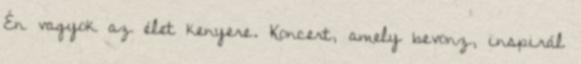
Én vagyok az élet kenyere. Koncert, amely bevonz, inspirál